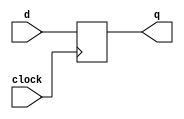
module dff (d   , clock   , q);
  input d, clock ; 
  output reg q;

  always @ ( negedge clock)
      begin
        q <= d;
        end
endmodule